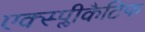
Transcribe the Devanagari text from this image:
एक्स्प्लीकैटिफ